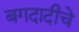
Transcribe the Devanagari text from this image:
बगदादीचे